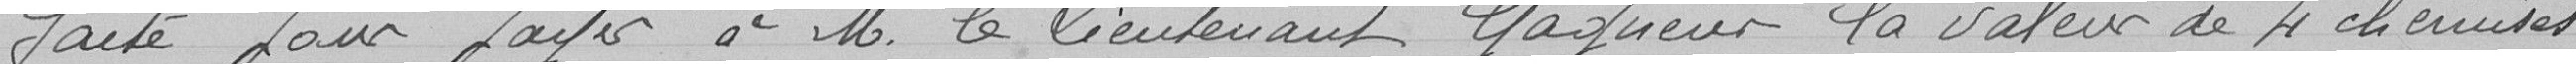
faite pour payer à Monsieur le lieutenant Gagneur la valeur de 4 chemises